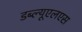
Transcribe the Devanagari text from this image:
डब्ल्यूएलएस